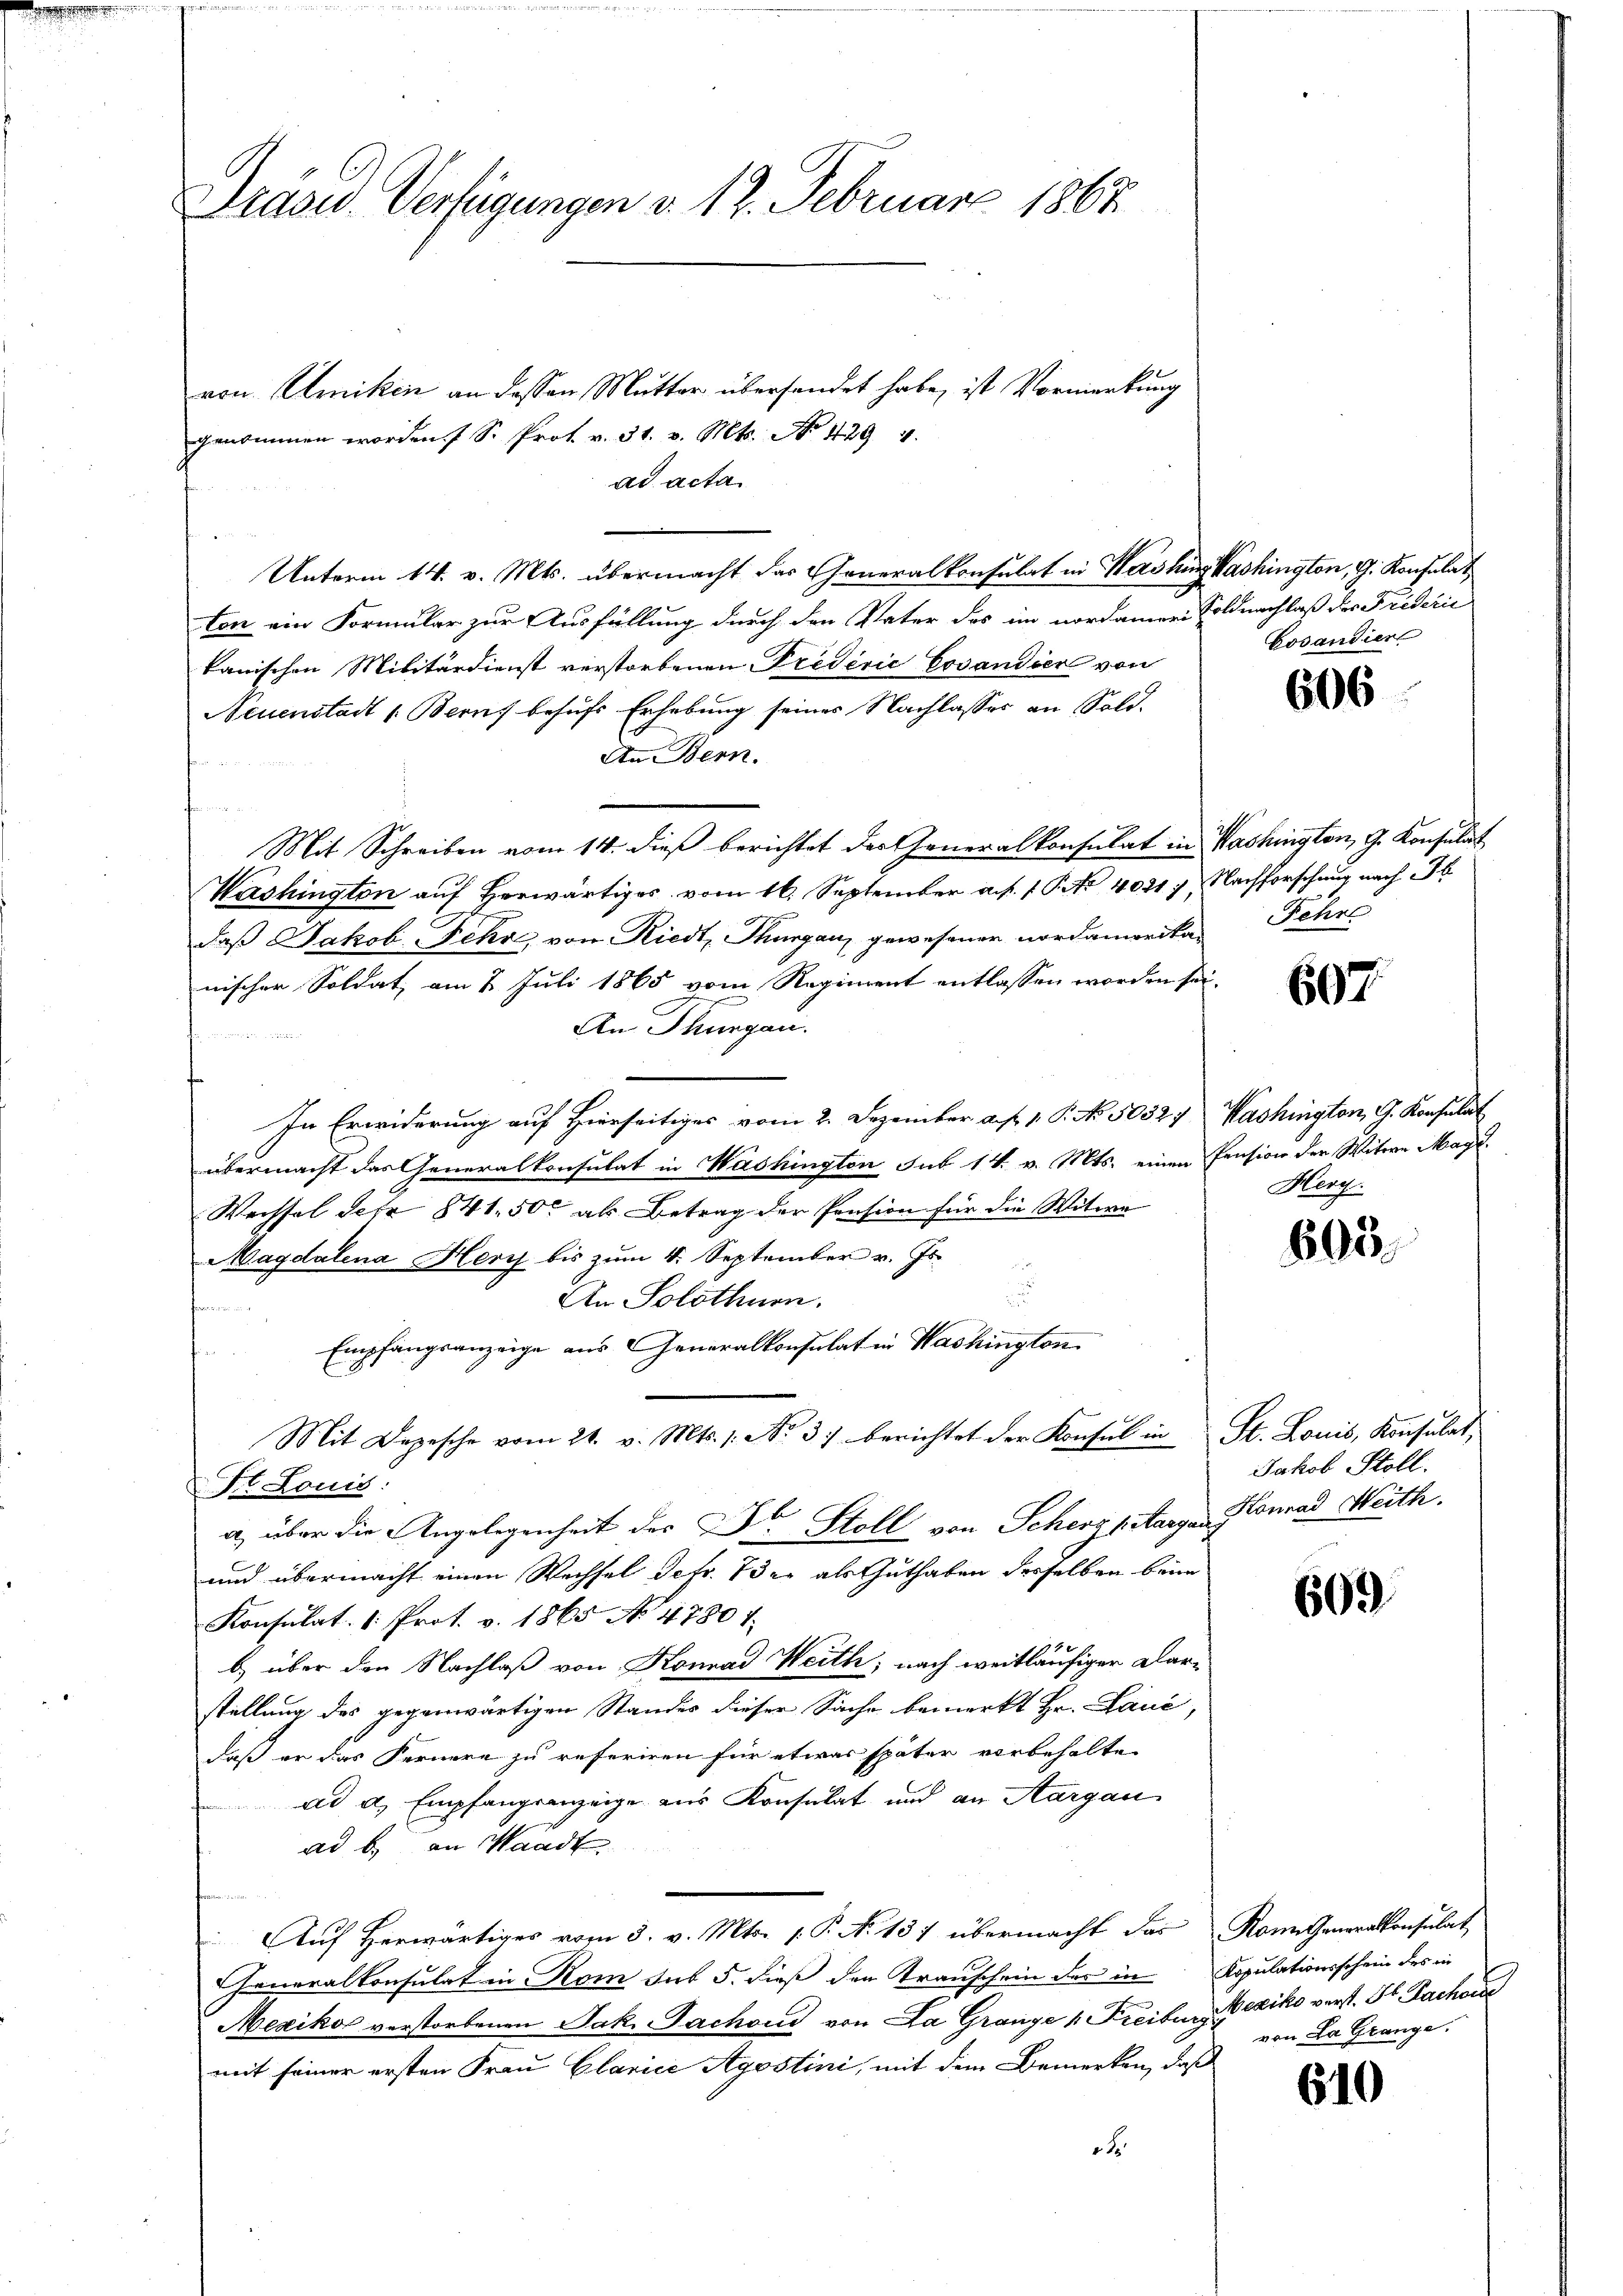
Drasu Verfügungen d. 12. Februar 1867

von Amiken an dessen Mutter übersendet habe, ist Vormerkung
genommen worden. 1 S. Prot. v. 31. v. Mts. No 429 4.
ad acta.
Unterm 14. v. Mts. übermacht das Generalkonsulat in Washingkashington, G. Konsulat
ton ein Formular zur Ausfüllung durch den Vater des im nordamer Soldnachlaß des Friderić
kanischen Militärdienst verstorbenen Predérić Cosandier von
Neuenstadt 1. Bern behufs Erhebung seines Nachlasses an Sold.
An Bern.
Mit Schreiben vom 14. dieß berichtet der Generalkonsulat in Washington, G. Konsulat
Washington auf herwärtiges vom 16. September a. p. 1 P. Nr. 40217, Nachforschung nach
daß Jakob Fehr, von Riedt, Thurgau, gewesener nordamerikanischer Soldat, am 2. Juli 1865 vom Regiment entlassen worden sei.
An Thurgau.
In Erwiderung auf Hierseitiges vom 2. Dezember a. f. v. P. No. 5052) Washington, G. Konsulat
übermacht das Generalkonsulat in Washington sub 14. v. Mts. einen Pension der Witwe Mag.
Wechsel der 841. 50 als Betrag der Pension für die Witwe
Magdalena Herz bis zŭm 4. September v. Js.
An Solothurn.
das.
Empfangsanzeige aus Generalkonsulat in Washington
Mit Depesche vom 21. v. Mts. 1. No. 3. berichtet der Konsul in St. Louis, Konsulat,
St. Louis
a) über die Angelegenheit der Dr Stoll von Scherzpitangen Konrad Meith.
und übermacht einen Wechsel Sefr. 73 er als Guthaben desselben beim
Konsulat. 1. Prot. v. 1865 No 47801.
2 x
b) über den Nachlaß von Konrad Weith, nach weitläufiger Darstellung des gegenwärtigen Standes dieser Sache bemerkt Hr. Lauć,
daß er das Fernere zu referiren für etwas später vorbehalten
ad a. Empfangsanzeige aus Konsulat und an Aargau
ad b.) an Waadt
Auf Herwärtiges vom 3. v. Mts. 1. P. N. 157 übermacht das Kann Generalkonsulat
Generalkonsulat in Rom sub 5. dieß den Transchein der in Kopulationsschein des in
Mexikos verstorbenen Jak. Sachend von La Grange v. Freiburg Bexiko verst. St. Sachen
mit seiner ersten Frau Clarice Agostini, mit dem Bemerken, daß
F

Gosaudier

606

Fehrs

607.

Herg

603.

Jakob Stoll.

609.

von La Glange.

610